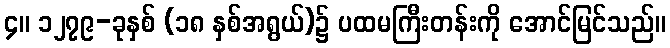
၄။ ၁၂၇၉-ခုနှစ် (၁၈ နှစ်အရွယ်)၌ ပထမကြီးတန်းကို အောင်မြင်သည်။